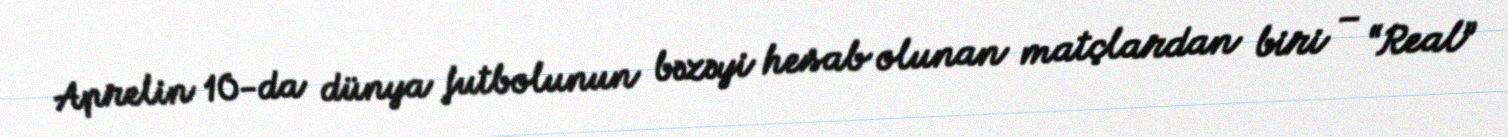
Aprelin 10-da dünya futbolunun bəzəyi hesab olunan matçlardan biri – “Real”